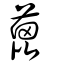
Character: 蓖